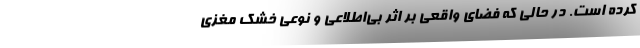
كرده است. در حالي كه فضاي واقعي بر اثر بي‌اطلاعي و نوعي خشك‌ مغزي